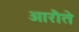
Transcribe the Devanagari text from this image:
आरौते